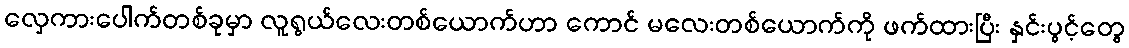
လှေကားပေါက်တစ်ခုမှာ လူရွယ်လေးတစ်ယောက်ဟာ ကောင် မလေးတစ်ယောက်ကို ဖက်ထားပြီး နှင်းပွင့်တွေ